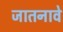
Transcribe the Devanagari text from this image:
जातनावे